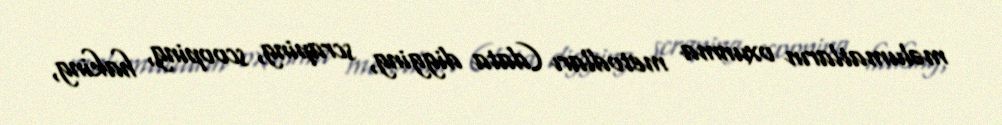
məlumatların oxunma metodları (data digging, scraping, scooping, haking,